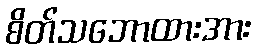
စိတ်သဘောထားအား